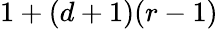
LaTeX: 1+(d+1)(r-1)